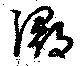
潯